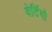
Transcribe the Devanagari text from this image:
वेर्टिगो